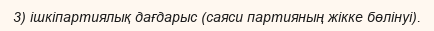
3) ішкіпартиялық дағдарыс (саяси партияның жікке бөлінуі).